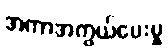
အကာအကွယ်ပေးမှု